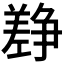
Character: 𰏎